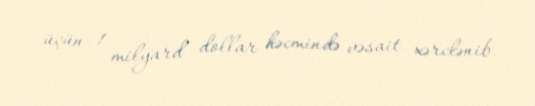
üçün 1 milyard dollar həcmində vəsait xərclənib.